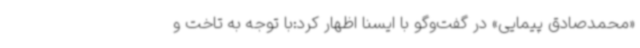
«محمدصادق پیمایی» در گفت‌وگو با ایسنا اظهار کرد:با توجه به تاخت و